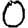
Digit: 0